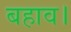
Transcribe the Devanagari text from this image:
बहाव।